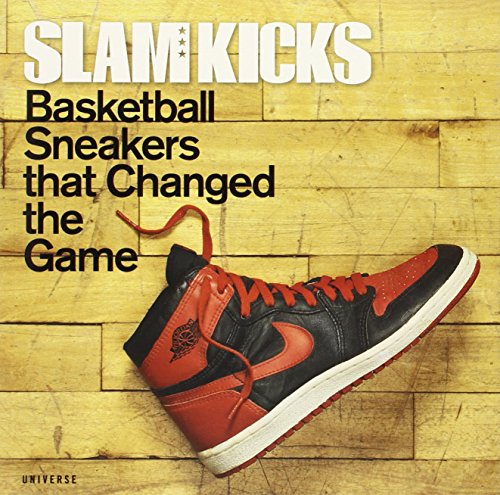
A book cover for SLAM Kicks: Basketball Sneakers that Changed the Game; Humor & Entertainment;